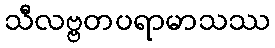
သီလဗ္ဗတပရာမာသဿ